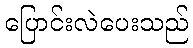
ပြောင်းလဲပေးသည်